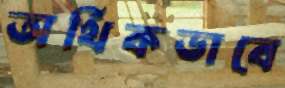
অর্থিকভাবে